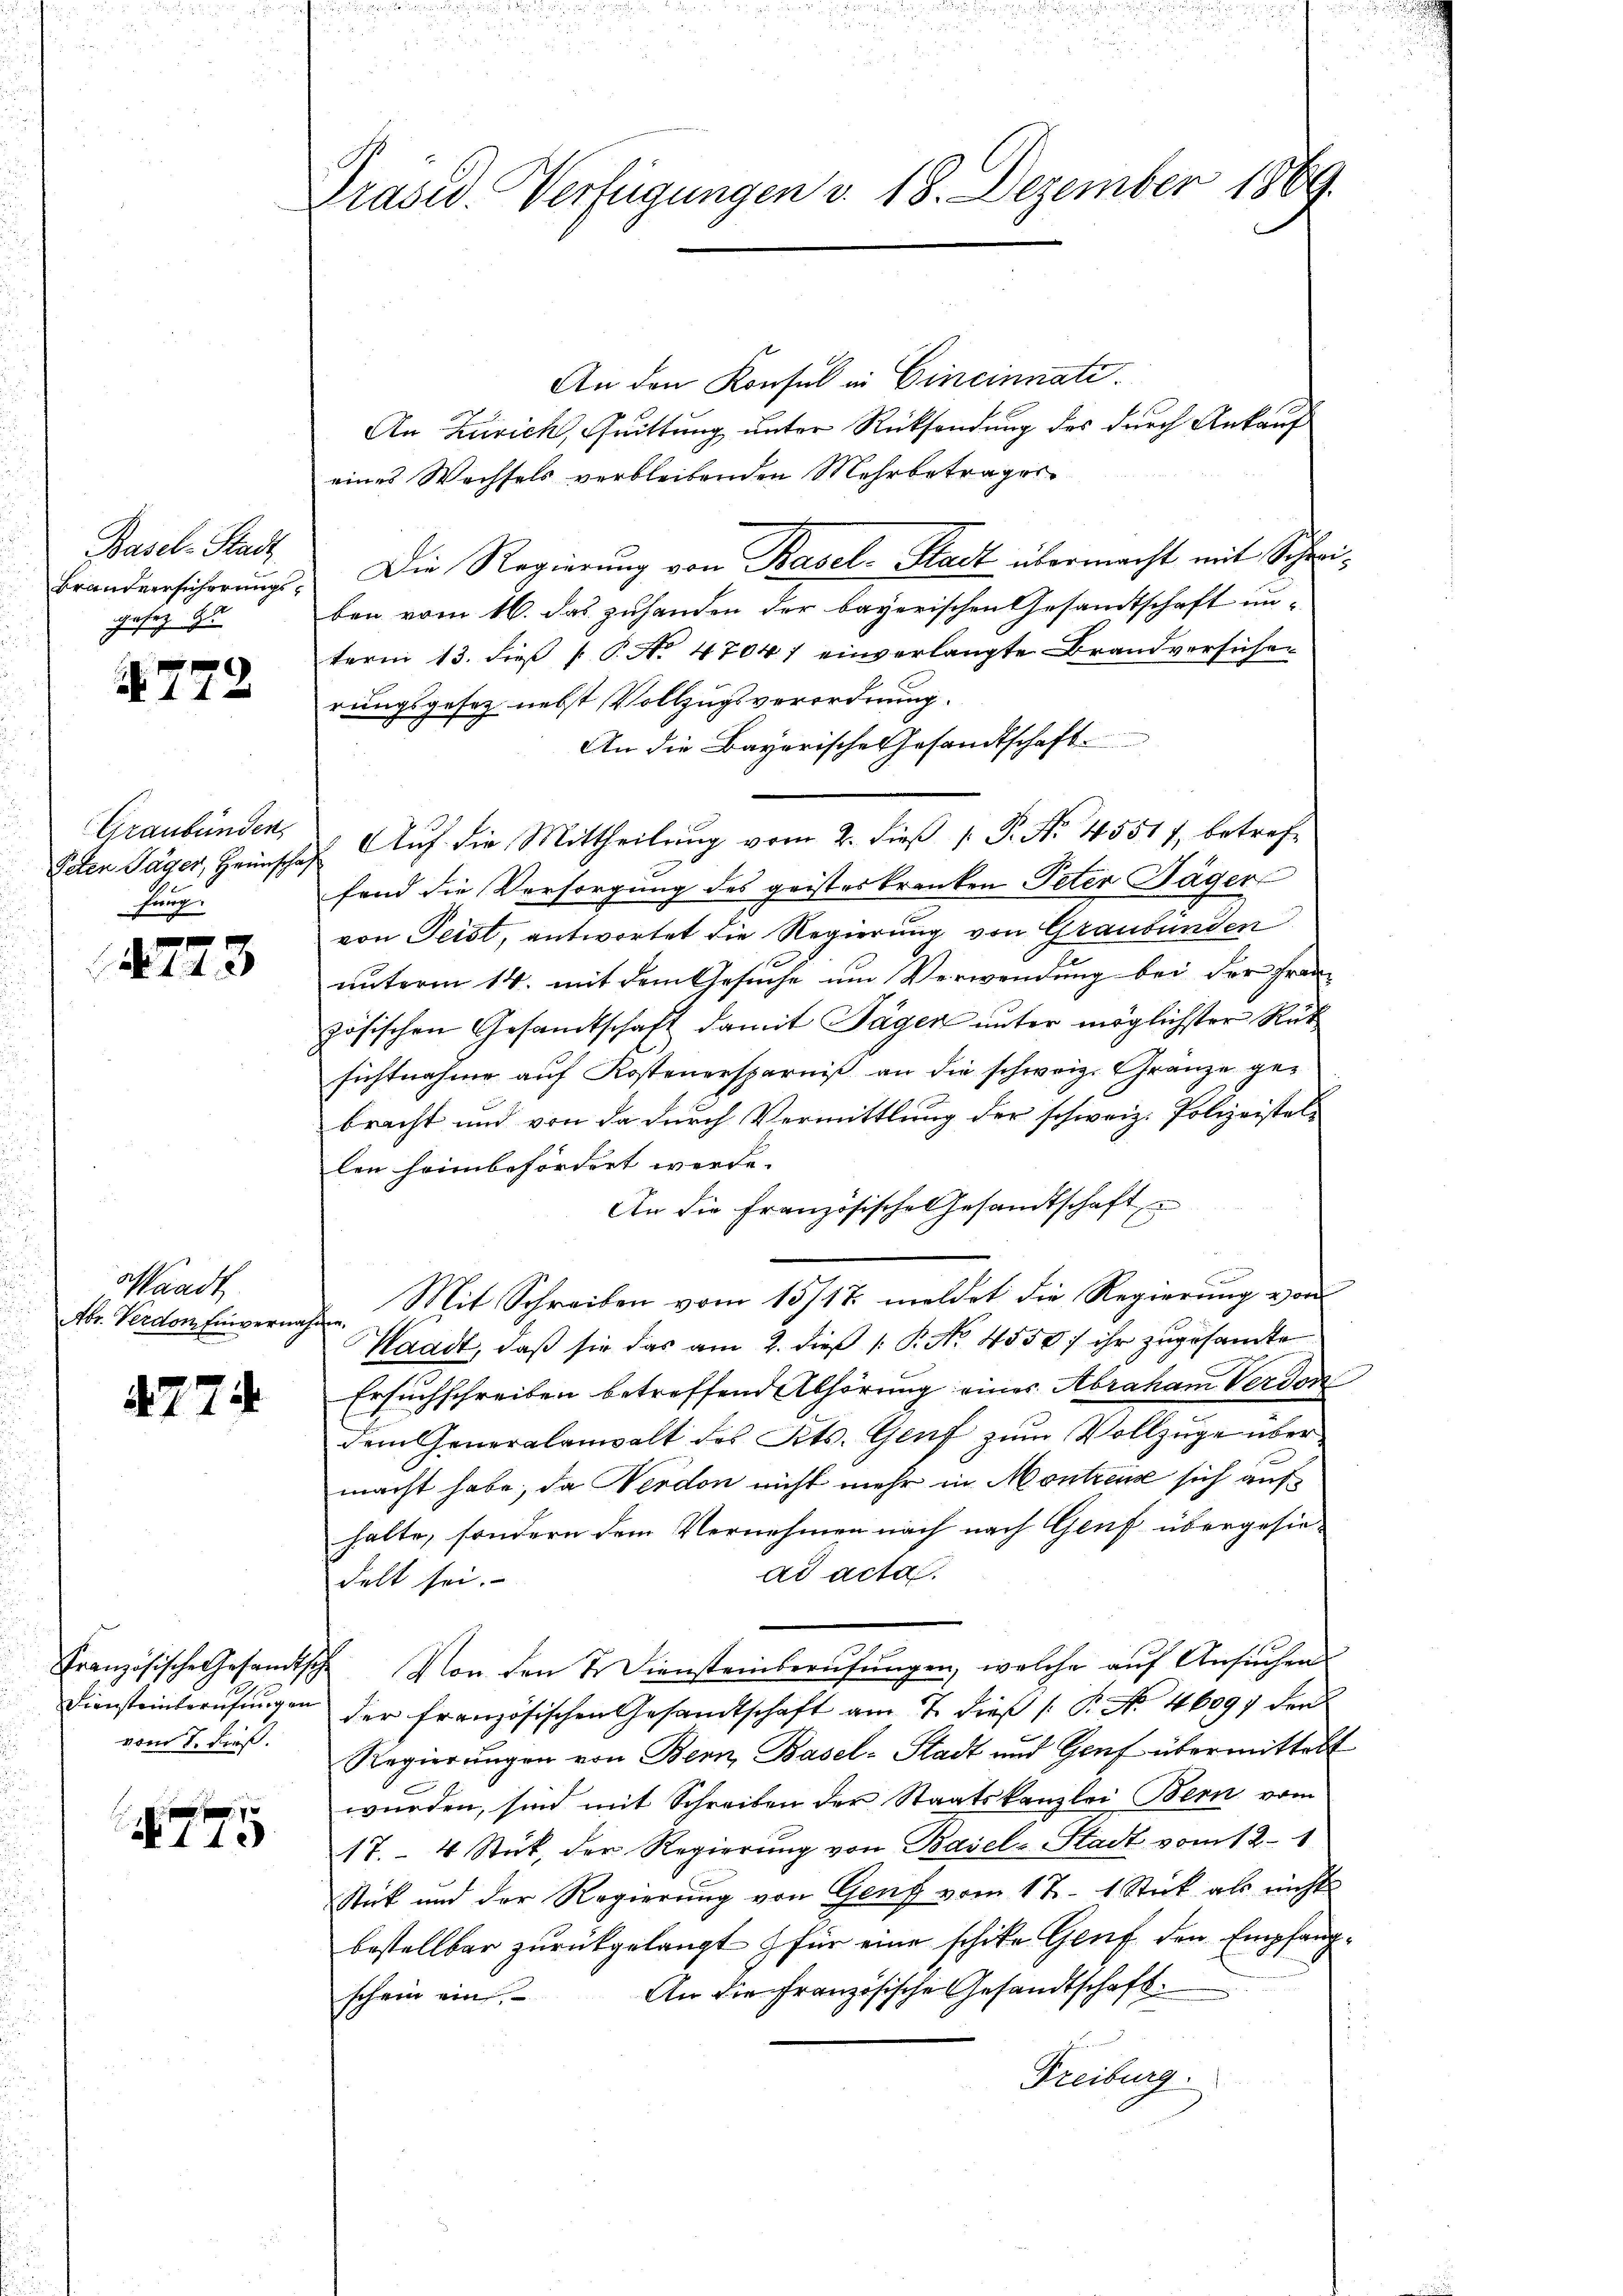
Basel-Stadt
Brandversicherungs¬
Gesez 9

772

Graubünden,
krug

4773

Waadt
Abr. Verdom Einvernach

4774

vom 7. dieß.

At 10

Präsid. Verfügungen v. 18. Dezember 1869.

An den Konsul in Cincinnati
An Zürich, Quittung unter Rücksendung des durch Ankauf
eines Wechsels verbleibenden Mehrbeträger
Die Regierung von Basel-Stadt übermacht mit Schreiben vom 16. das zuhanden der bayerischen Gesandtschaft unterm 13. dieß P. No 47047 einverlangte Brandversichen
rungsgesez nebst Vollzugsverordnung.
An die Bayerische Gesandtschaft
Peten Jäger, Heinschaf Auf die Mittheilung vom 2. dieβ  P. Nr. 45517, betreffand die Versorgung des geisteskranken Peter Jäger
von Geist, antwortet die Regierung von Graubünden
unterm 14. mit dem Gesuche um Verwendung bei der Französischen Gesandtschaft damit Tagen unter möglichster Rüksichtnahme aŭf Kostenersparnis an die schweiz. Gränze gebracht und von da durch Vermittlung der schweiz. Polizeistel-
len heimbefördert werde.
An die Französische Gesandtschaft
Mit Schreiben vom 13/17 meldet die Regierung von
hefen,
Waadt, daβ sie das am 2. dieβ (: P. No. 4550 ihr zugesandte
Ersuchschreiben betreffend Abhörung eines Abraham Verdon
dem Generalanwalt des Fets. Genf zŭm Vollzüge übermacht habe, da Verdon nicht mehr in Montreuse sich auf
halte, sondern dem Vernehmen nach nach Genf übergesie-
ad acta
delt sei.
Französische Gesandtsche von den 2. Diensteinberŭfŭngen, welche aŭf Ansŭchen
Diensteinberŭfŭngen der französischen Gesandtschaft am 7. dieβ (: P. No. 46097 der
Regierungen von Bern, Basel-Stadt und Genf übermittelt
würden, sind mit Schreiben der Staatskanzlei Bern vom
17.- 4 Stück, der Regierŭng von Basel-Stadt vom 12. 1
Stück und der Regierung von Genf vom 12. 1 Stick als nichts
bestellbar zurückgelangt für eine schike Genf den Empfang¬
An die Französische Gesandtschaft.
schein ein.
Freiburg.